Riigikantselei, lk 28
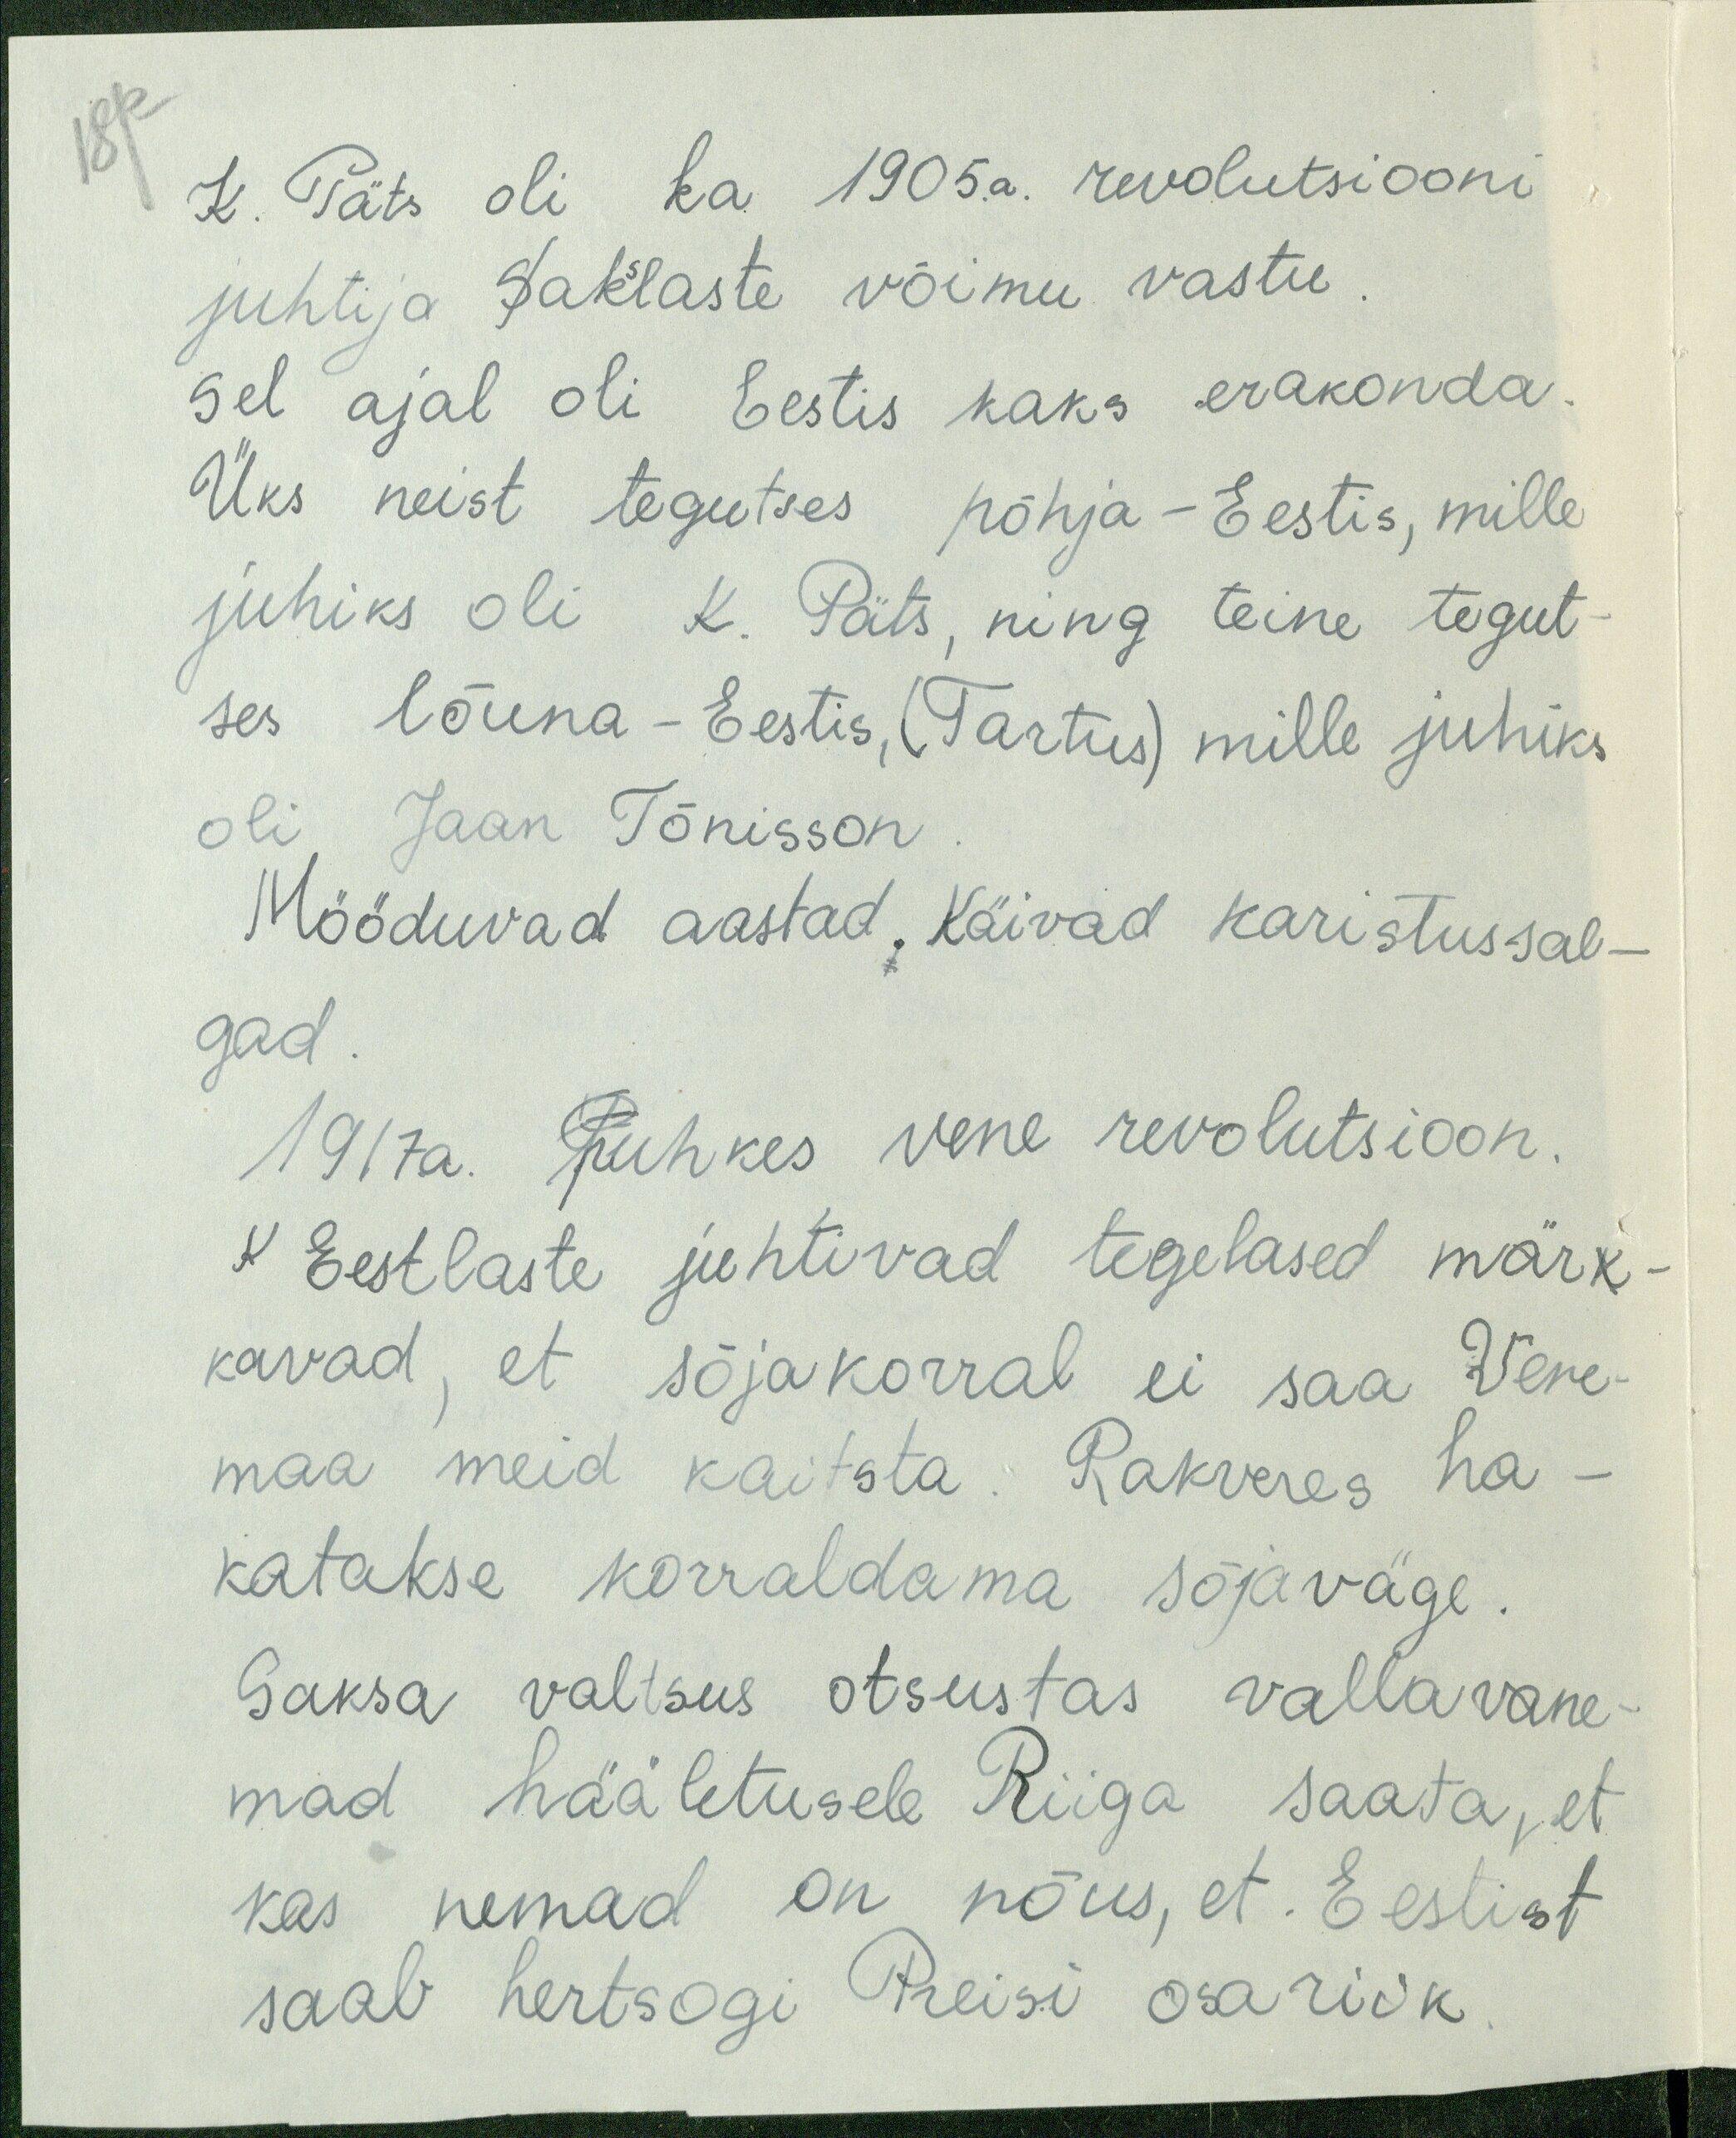
18p
K. Päts oli ka 1905.a. revolutsiooni
juhtija Sakslaste võimu vastu
sel ajal oli Eestis kaks erakonda
Üks neist tegutses põhja-Eestis, mille
juhiks oli K. Päts, ning teine tegut
ses lõuna-Eestis, (Tartus) mille juhiks
oli Jaan Tõnisson
Mööduvad aastad. Käivad karistussal-
gad
1917a. puhkes vene revolutsioon.
K Eestlaste juhtivad tegelased märk
kavad, et sõjakorral ei saa Vene-
maa meid kaitsta. Rakveres ha-
katakse korraldama sõjaväge
Saksa valtsus otsustas vallavane-
mad hääletusele Riiga saata, et
kas nemad on nõus, et . Eestist
saab hertsogi Preisi osariik